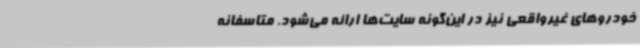
خودروهای غیرواقعی نیز در این‌گونه سایت‌ها ارائه می‌شود. متاسفانه